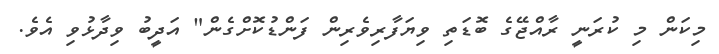
މިކަން މި ކުރަނީ ރާއްޖޭގެ ބޮޑަތި ވިޔަފާރިވެރިން ފަންޑުކޮށްގެން" އަދީބު ވިދާޅުވި އެވެ.